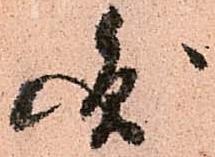
圓